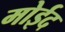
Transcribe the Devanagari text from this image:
मोईद